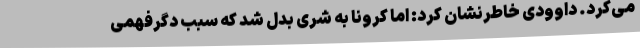
می‌کرد. داوودی خاطرنشان کرد: اما کرونا به شری بدل شد که سبب دگرفهمی